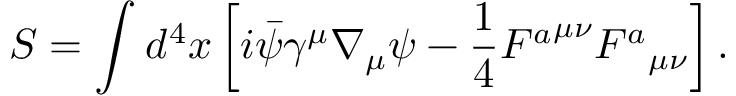
S = \int _ { } ^ { } d ^ { 4 } x \left[ i \bar { \psi } \gamma ^ { \mu } \nabla _ { \mu } \psi - \frac { 1 } { 4 } { F ^ { a } } ^ { \mu \nu } { F ^ { a } } _ { \mu \nu } \right] .